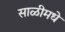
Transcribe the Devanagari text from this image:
साळीमधे